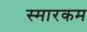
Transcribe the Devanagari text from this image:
स्मारकम